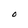
Character: 0